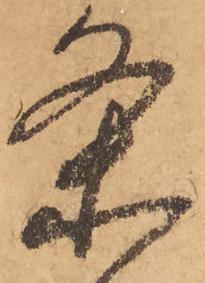
条